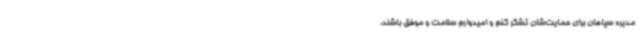
مدیره سپاهان برای حمایت‌شان تشکر کنم و امیدوارم سلامت و موفق باشند.